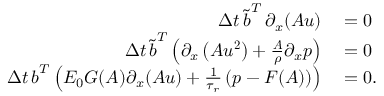
\begin{array} { r l } { \Delta t \, \boldsymbol { \tilde { b } } ^ { T } \, \partial _ { x } ( \boldsymbol { A u } ) } & { { } = 0 } \\ { \Delta t \, \boldsymbol { \tilde { b } } ^ { T } \left( \partial _ { x } \left( \boldsymbol { A u ^ { 2 } } \right) + \frac { \boldsymbol { A } } { \rho } \partial _ { x } \boldsymbol { p } \right) } & { { } = 0 } \\ { \Delta t \, \boldsymbol { b } ^ { T } \left( E _ { 0 } \boldsymbol { G } ( \boldsymbol { A } ) \partial _ { x } ( \boldsymbol { A u } ) + \frac { 1 } { \tau _ { r } } \left( \boldsymbol { p } - \boldsymbol { F } ( \boldsymbol { A } ) \right) \right) } & { { } = 0 . } \end{array}